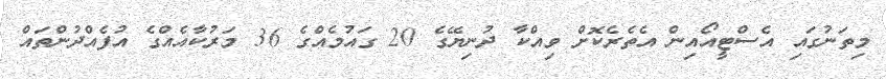
މިތަނުގައި އެސްޓީއޯއިން އެތެރެކޮށް ވިއްކާ ދުނިޔޭގެ 20 ގައުމެއްގެ 36 މަރުކާއެއްގެ އުފެއްދުންތައް